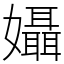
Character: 𡤙